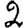
Digit: 2